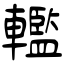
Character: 轞